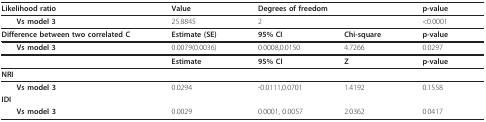
| Likelihood ratio | Value | <COLSPAN=2> Degrees of freedom | p-value |
 | --- | --- | --- | --- | --- |
 | Vs model 3 | 25.8845 | <COLSPAN=2> 2 | <0.0001 |
 | Difference between two correlated C | Estimate (SE) | 95% CI | Chi-square | p-value |
 | Vs model 3 | 0.0079(0.0036) | 0.0008,0.0150 | 4.7266 | 0.0297 |
 |  | Estimate | 95% CI | Z | p-value |
 | <COLSPAN=5> NRI |
 | Vs model 3 | 0.0294 | -0.0111,0.0701 | 1.4192 | 0.1558 |
 | <COLSPAN=5> IDI |
 | Vs model 3 | 0.0029 | 0.0001, 0.0057 | 2.0362 | 0.0417 |